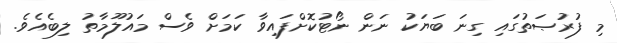
މި ފުރުޞަތުގައި ގިނަ ބަޔަކު ނަން ނޯޓުކޮށްފައިވާ ކަމަށް ވެސް މައުލޫމާތު ލިބެއެވެ.